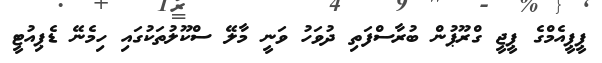
ޕީޕީއެމްގެ ޕީޖީ ގްރޫޕުން ބުރާސްފަތި ދުވަހު ވަނީ މާލޭ ސްކޫލުތަކުގައި ހިމެނޭ ޑެޕިއުޓީ